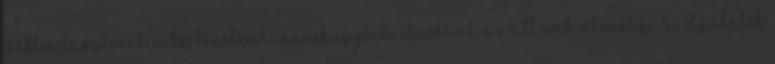
Miklós Lászlóval, a Történelemtanárok Egylete elnökével. Az Állambiztonsági Szolgálatok